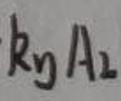
$k_{y}A_{2}$